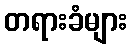
တရားခံများ